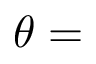
\theta =